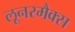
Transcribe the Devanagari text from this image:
लूनरमैक्स